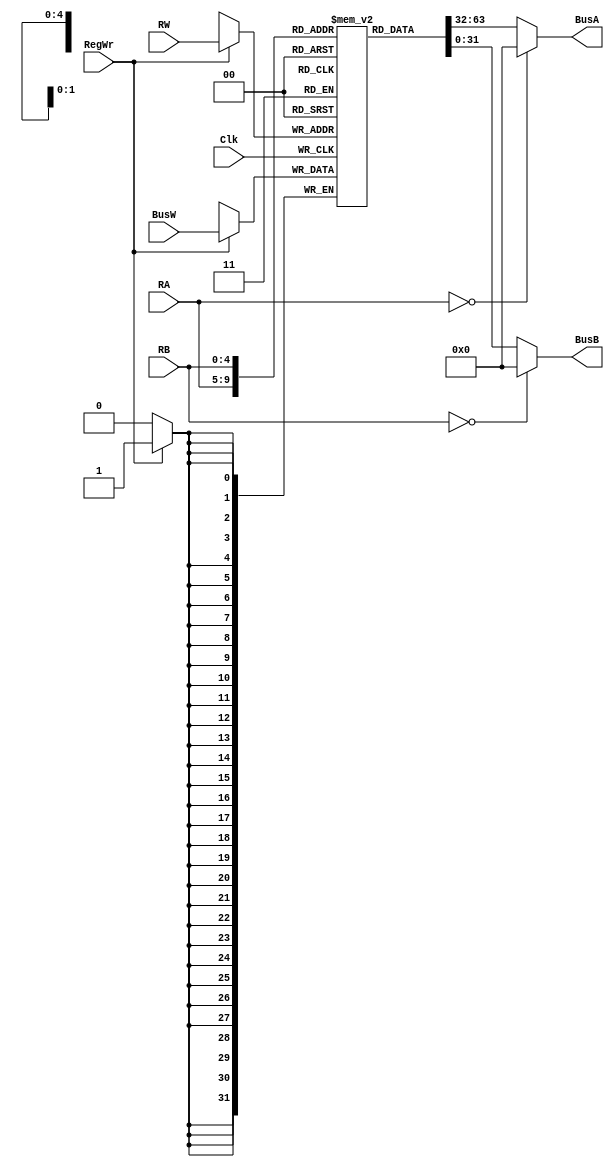
`timescale 1ns / 1ps

module RegisterFile(BusA, BusB, BusW, RA, RB, RW, RegWr, Clk);
    output [31:0] BusA; //Outputs of data read
    output [31:0] BusB; 
    input [31:0] BusW; //Writing data
    input [4:0] RW, RA, RB; //Read address A, B and Write
    input RegWr, Clk;
    
    reg [31:0] registers[31:0]; //32x32 register
     
    assign #2 BusA = (RA == 0) ? 0 : registers[RA]; //data from registers to specific bus
    assign #2 BusB = (RB == 0) ? 0 : registers[RB];
     
    always @ (negedge Clk) begin //based on negative clock edge
        if(RegWr)
            registers[RW] <= #3 BusW;
    end
endmodule